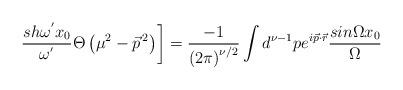
LaTeX: \begin{align*}\left.\frac {sh{\omega}^{'} x_0} {{\omega}^{'}}\Theta\left({\mu}^2-{\vec{p}}^{\,2}\right) \right]=\frac {-1} {\left(2\pi\right)^{\nu /2}}\int d^{\nu-1}p e^{i\vec{p}\cdot\vec{r}}\frac {sin\Omega x_0} {\Omega}\end{align*}